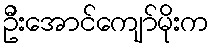
ဦးအောင်ကျော်မိုးက